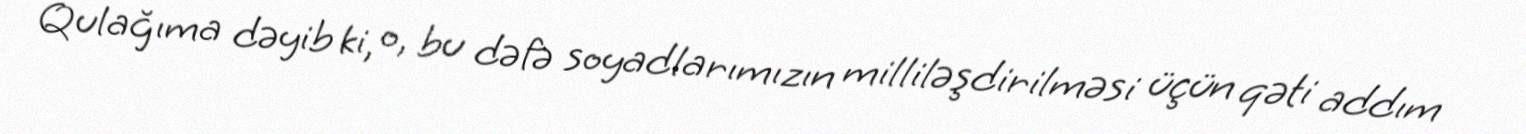
Qulağıma dəyib ki, o, bu dəfə soyadlarımızın milliləşdirilməsi üçün qəti addım